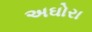
અઘોરા